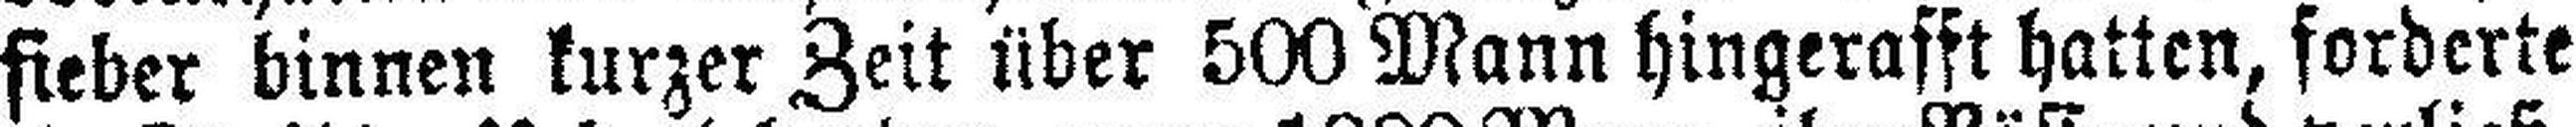
fieber binnen kurzer Zeit über 500 Mann hingerafft hatten, forderte